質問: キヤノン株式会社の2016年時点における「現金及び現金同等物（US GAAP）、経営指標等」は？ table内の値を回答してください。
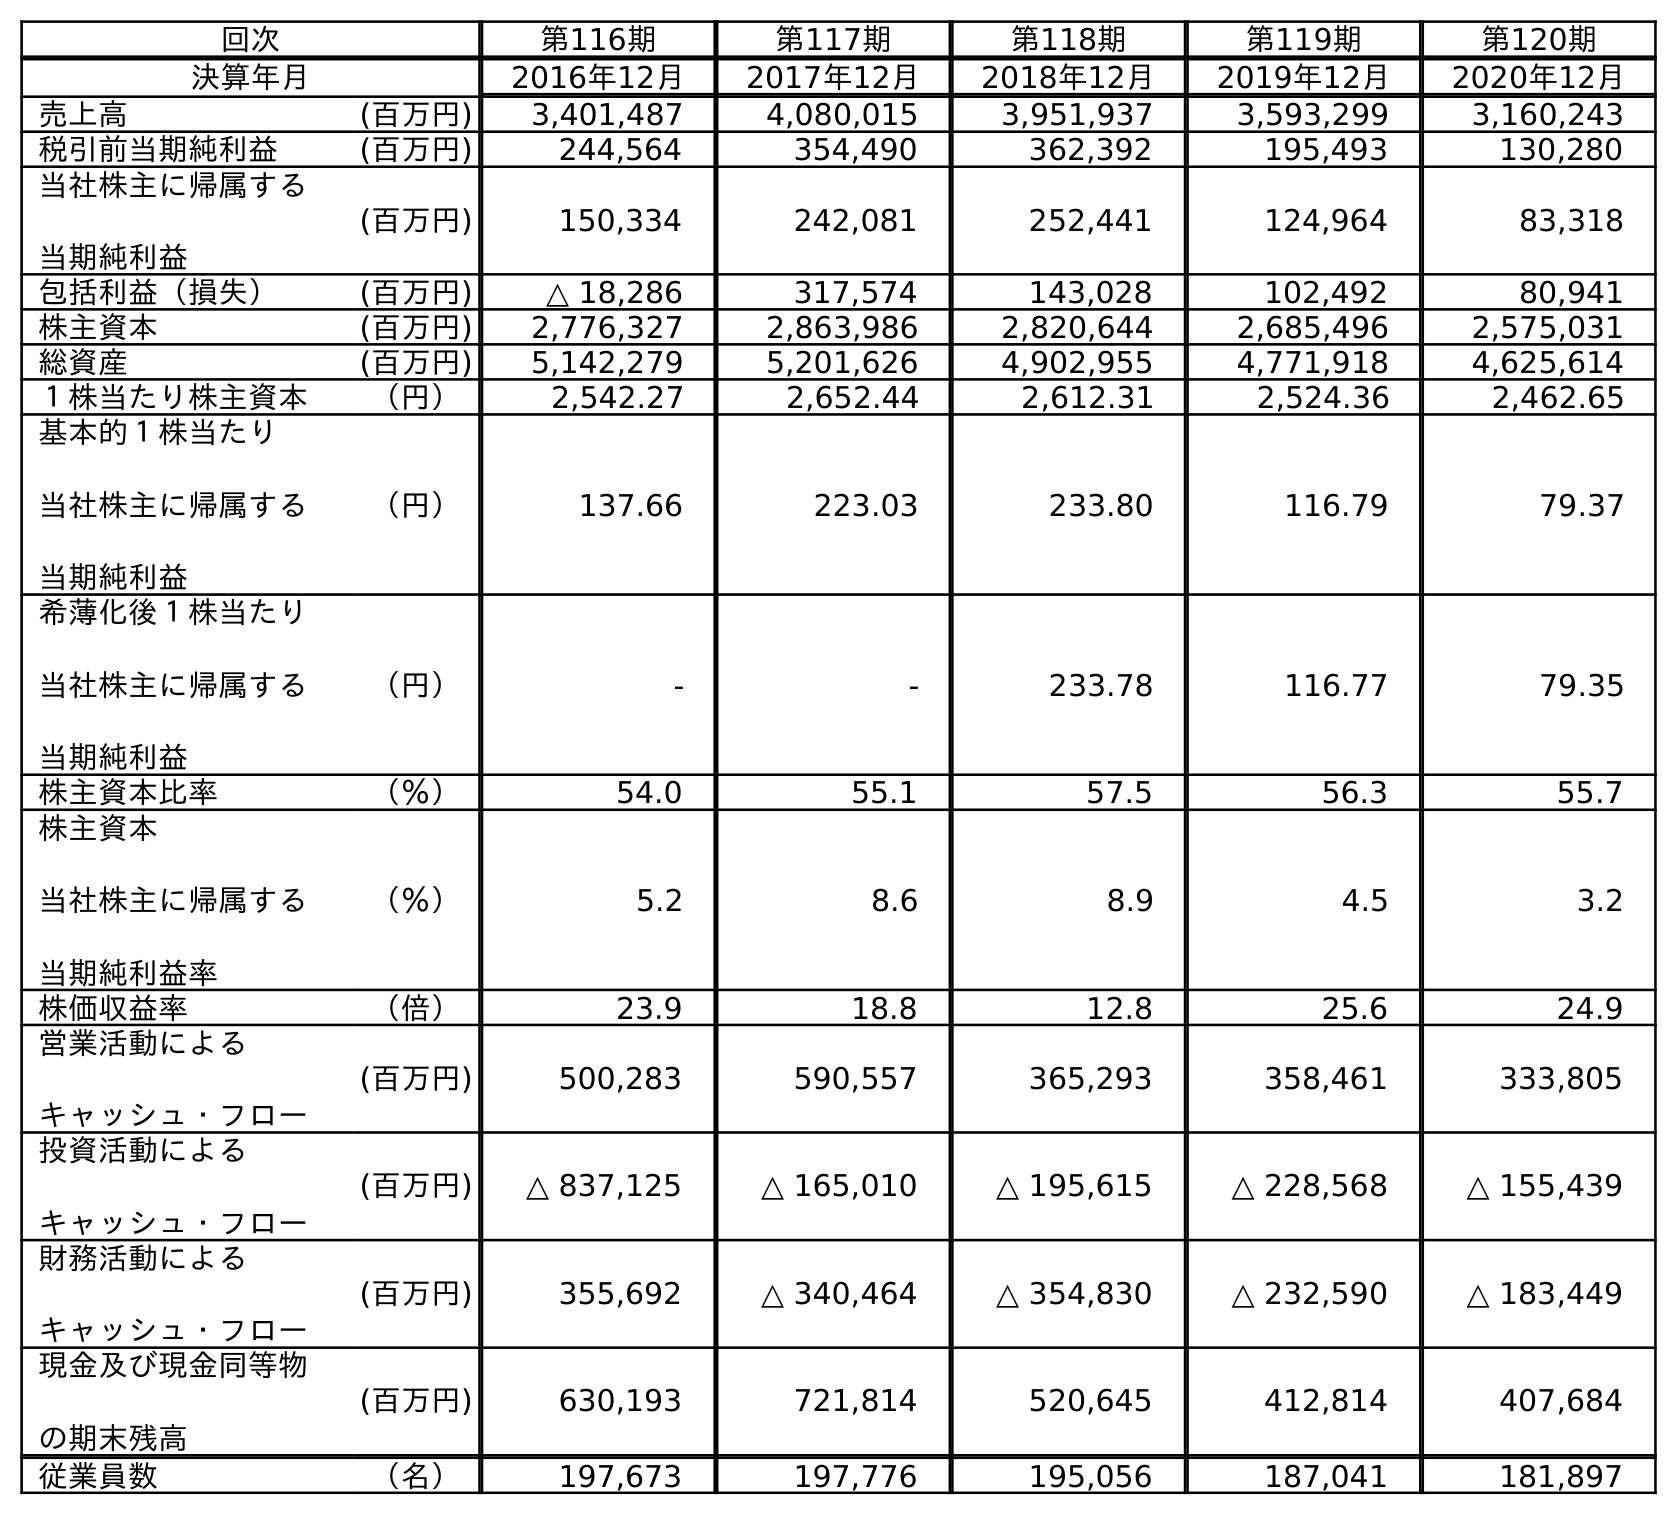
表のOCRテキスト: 回次 第116期 第117期 第118期 第119期 第120期 決算年月 2016年12月 2017年12月 2018年12月 2019年12月 2020年12月 売上高 (百万円) 3,401,487 4,080,015 3,951,937 3,593,299 3,160,243 税引前当期純利益 (百万円) 244,564 354,490 362,392 195,493 130,280 当社株主に帰属する 当期純利益 (百万円) 150,334 242,081 252,441 124,964 83,318 包括利益（損失） (百万円) △ 18,286 317,574 143,028 102,492 80,941 株主資本 (百万円) 2,776,327 2,863,986 2,820,644 2,685,496 2,575,031 総資産 (百万円) 5,142,279 5,201,626 4,902,955 4,771,918 4,625,614 １株当たり株主資本 （円） 2,542.27 2,652.44 2,612.31 2,524.36 2,462.65 基本的１株当たり 当社株主に帰属する 当期純利益 （円） 137.66 223.03 233.80 116.79 79.37 希薄化後１株当たり 当社株主に帰属する 当期純利益 （円） - - 233.78 116.77 79.35 株主資本比率 （％） 54.0 55.1 57.5 56.3 55.7 株主資本 当社株主に帰属する 当期純利益率 （％） 5.2 8.6 8.9 4.5 3.2 株価収益率 （倍） 23.9 18.8 12.8 25.6 24.9 営業活動による キャッシュ・フロー (百万円) 500,283 590,557 365,293 358,461 333,805 投資活動による キャッシュ・フロー (百万円) △ 837,125 △ 165,010 △ 195,615 △ 228,568 △ 155,439 財務活動による キャッシュ・フロー (百万円) 355,692 △ 340,464 △ 354,830 △ 232,590 △ 183,449 現金及び現金同等物 の期末残高 (百万円) 630,193 721,814 520,645 412,814 407,684 従業員数 （名） 197,673 197,776 195,056 187,041 181,897
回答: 630,193